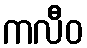
ကလီဝ